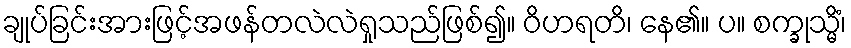
ချုပ်ခြင်းအားဖြင့်အဖန်တလဲလဲရှုသည်ဖြစ်၍။ ဝိဟရတိ၊ နေ၏။ ပ။ စက္ခုသ္မိံ၊